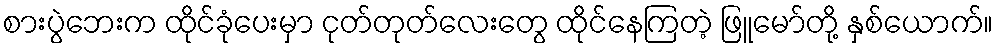
စားပွဲဘေးက ထိုင်ခုံပေးမှာ ငုတ်တုတ်လေးတွေ ထိုင်နေကြတဲ့ ဖြူမော်တို့ နှစ်ယောက်။